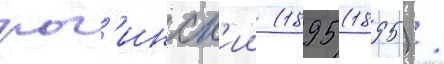
рог'инск'ии (1895 (1895) /